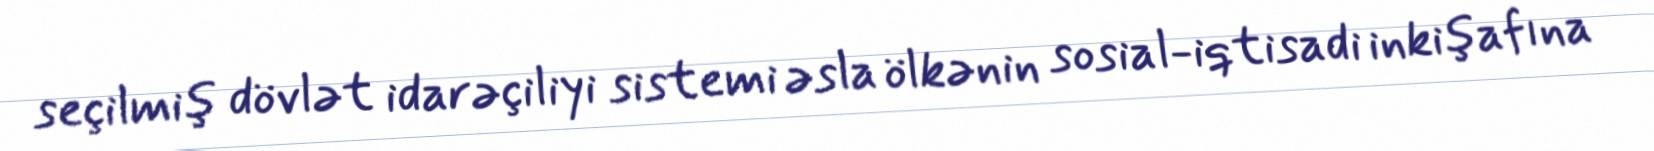
seçilmiş dövlət idarəçiliyi sistemi əsla ölkənin sosial-iqtisadi inkişafına